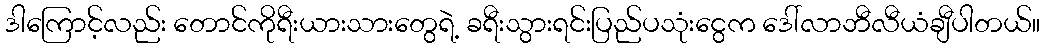
ဒါကြောင့်လည်း တောင်ကိုရီးယားသားတွေရဲ့ ခရီးသွားရင်းပြည်ပသုံးငွေက ဒေါ်လာဘီလီယံချီပါတယ်။